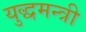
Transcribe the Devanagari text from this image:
युद्धमन्त्री